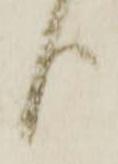
上